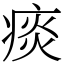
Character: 痰